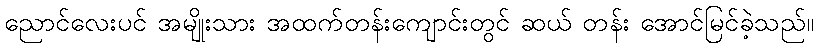
ညောင်လေးပင် အမျိုးသား အထက်တန်းကျောင်းတွင် ဆယ် တန်း အောင်မြင်ခဲ့သည်။